Scottish Leaving Certificate Examination, 1961
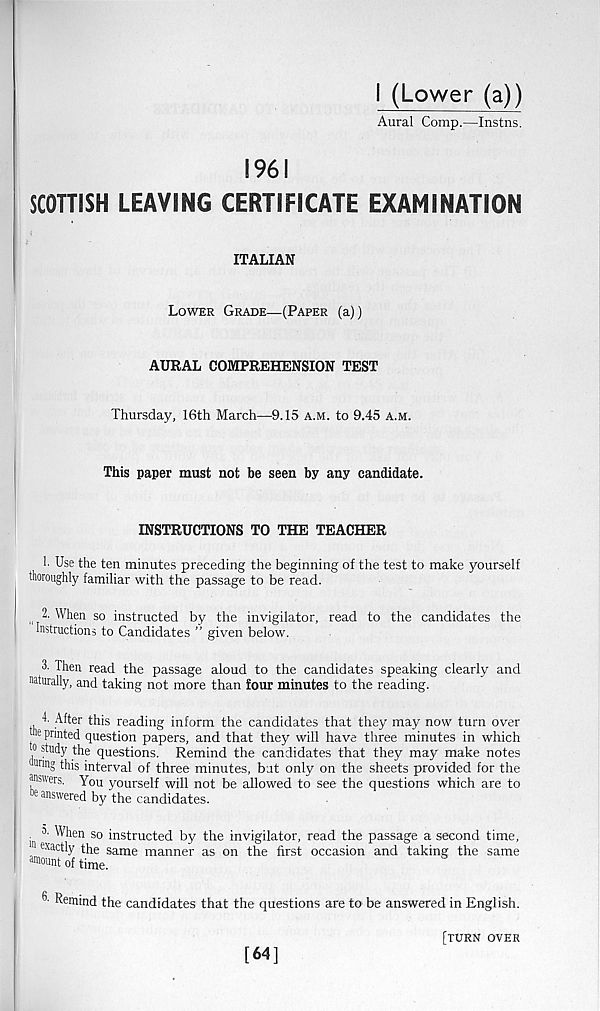
I (Lower (a))
Aural Comp.—Instns.
1961
SCOTTISH LEAVING CERTIFICATE EXAMINATION
ITALIAN
Lower Grade—(Paper (a))
AURAL COMPREHENSION TEST
Thursday, 16th March—9.15 a.m. to 9.45 a.m.
This paper must not be seen by any candidate.
INSTRUCTIONS TO THE TEACHER
’■ Use the ten minutes preceding the beginning of the test to make yourself
thoroughly familiar with the passage to be read.
2. When so instructed by the invigilator, read to the candidates the
Instructions to Candidates ” given below.
3. Then read the passage aloud to the candidates speaking clearly and
naturally, and taking not more than four minutes to the reading.
T After this reading inform the candidates that they may now turn over
ne printed question papers, and that they will have three minutes in which
,° stud y the questions. Remind the candidates that they may make notes
"nng this interval of three minutes, but only on the sheets provided for the
answers. You yourself will not be allowed to see the questions which are to
e answ ered by the candidates.
^ When so instructed by the invigilator, read the passage a second time,
1 exactly the same manner as on the first occasion and taking the same
a »ount of time.
Remind the candidates that the questions are to be answered in English.
[64]
[turn over